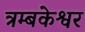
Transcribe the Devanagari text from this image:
त्रम्बकेश्वर